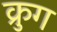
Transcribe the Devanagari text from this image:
क्रुग